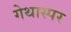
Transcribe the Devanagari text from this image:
गेथास्पर